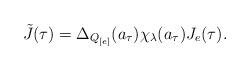
LaTeX: \begin{align*}\tilde J(\tau)=\Delta_{Q_{[e]}}(a_\tau)\chi_\lambda(a_\tau)J_e(\tau).\end{align*}